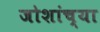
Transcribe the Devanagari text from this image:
जोशांच्या